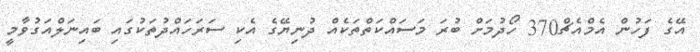
އޭގެ ފަހުން އެމްއެޗް370 ހޯދުމަށް ބުރަ މަސައްކަތްތަކެއް ދުނިޔޭގެ އެކި ސަރަހައްދުތަކުގައި ބައިނަލްއަގުވާމީ